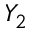
Y _ { 2 }